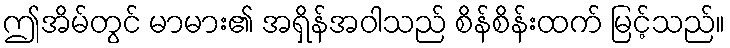
ဤအိမ်တွင် မာမား၏ အရှိန်အဝါသည် စိန်စိန်းထက် မြင့်သည်။